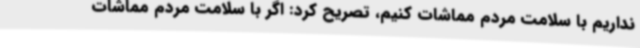
نداریم با سلامت مردم مماشات کنیم، تصریح کرد: اگر با سلامت مردم مماشات